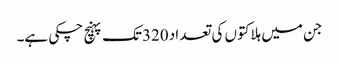
جن میں ہلاکتوں کی تعداد 320تک پہنچ چکی ہے۔